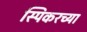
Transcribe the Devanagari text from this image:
स्पिकरच्या